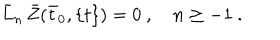
LaTeX: { \bar { L } } _ { n } \, { \bar { Z } } ( { \bar { t } } _ { 0 } , \{ t \} ) = 0 \ , \quad n \ge - 1 \ .